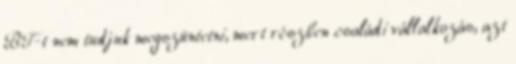
BT-t nem tudjuk megszüntetni, mert részben családi vállalkozás, azt